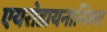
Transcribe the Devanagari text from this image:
एयरोडायनामिक्स